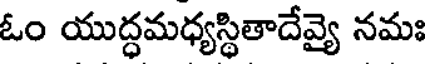
ఓం యుద్ధమధ్యస్థితాదేవ్యై నమః